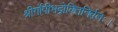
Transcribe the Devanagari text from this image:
श्रीर्गोपीभद्रोक्तिनिर्वतः।